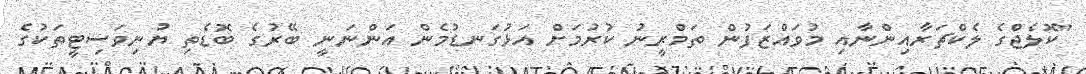
"ކޮލެޖްގެ ލެކްޗަރާއިންނާއި މުވައްޒަފުން ތަމްރީނު ކުރުމަށް އަޅުގަނޑުމެން އަންނަނީ ބޭރުގެ ބޮޑެތި ޔުނިވަސިޓީތަކުގެ